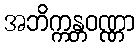
အဘိက္ကန္တဝဏ္ဏာ